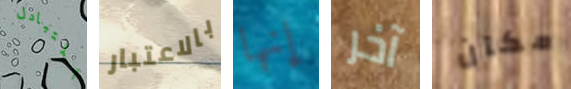
المتبادل بالاعتبار إنها آخر مكان